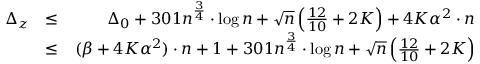
\begin{array} { r l r } { \Delta _ { z } } & { \leq } & { \Delta _ { 0 } + 3 0 1 n ^ { \frac { 3 } { 4 } } \cdot \log { n } + \sqrt { n } \left( \frac { 1 2 } { 1 0 } + 2 K \right) + 4 K \alpha ^ { 2 } \cdot n } \\ & { \leq } & { ( \beta + 4 K \alpha ^ { 2 } ) \cdot n + 1 + 3 0 1 n ^ { \frac { 3 } { 4 } } \cdot \log { n } + \sqrt { n } \left( \frac { 1 2 } { 1 0 } + 2 K \right) } \end{array}